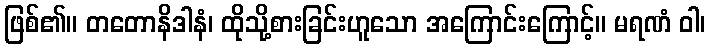
ဖြစ်၏။ တတောနိဒါနံ၊ ထိုသို့စားခြင်းဟူသော အကြောင်းကြောင့်။ မရဏံ ဝါ၊